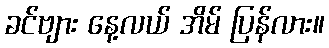
ခင်ဗျား နေ့လယ် အိမ် ပြန်လား။